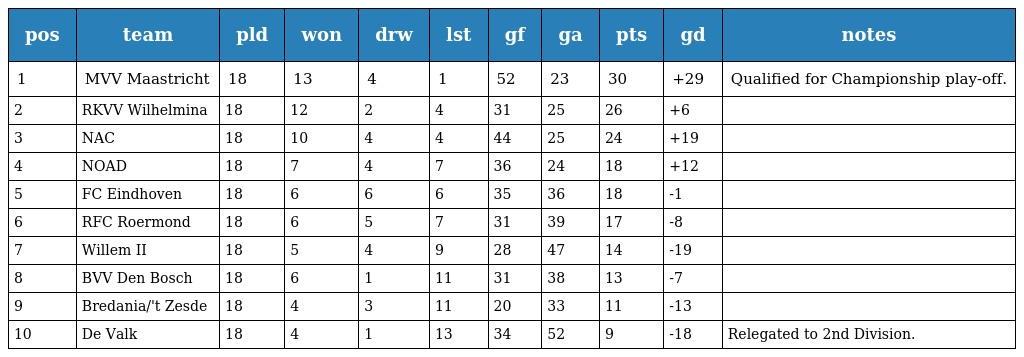
| pos | team | pld | won | drw | lst | gf | ga | pts | gd | notes |
 | --- | --- | --- | --- | --- | --- | --- | --- | --- | --- | --- |
 | 1 | MVV Maastricht | 18 | 13 | 4 | 1 | 52 | 23 | 30 | +29 | Qualified for Championship play-off. |
 | 2 | RKVV Wilhelmina | 18 | 12 | 2 | 4 | 31 | 25 | 26 | +6 |  |
 | 3 | NAC | 18 | 10 | 4 | 4 | 44 | 25 | 24 | +19 |  |
 | 4 | NOAD | 18 | 7 | 4 | 7 | 36 | 24 | 18 | +12 |  |
 | 5 | FC Eindhoven | 18 | 6 | 6 | 6 | 35 | 36 | 18 | -1 |  |
 | 6 | RFC Roermond | 18 | 6 | 5 | 7 | 31 | 39 | 17 | -8 |  |
 | 7 | Willem II | 18 | 5 | 4 | 9 | 28 | 47 | 14 | -19 |  |
 | 8 | BVV Den Bosch | 18 | 6 | 1 | 11 | 31 | 38 | 13 | -7 |  |
 | 9 | Bredania/'t Zesde | 18 | 4 | 3 | 11 | 20 | 33 | 11 | -13 |  |
 | 10 | De Valk | 18 | 4 | 1 | 13 | 34 | 52 | 9 | -18 | Relegated to 2nd Division. |